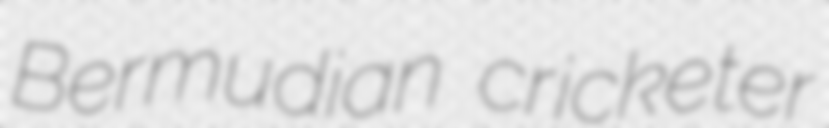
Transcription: Bermudian cricketer